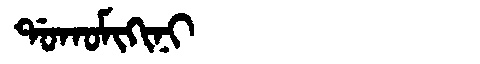
Manchu: ᡩᠣᡴᠣᠮᡳᡴᡳᠨᡳ
Romanization: DOKOMIKINI